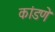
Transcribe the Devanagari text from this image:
कांडणे